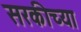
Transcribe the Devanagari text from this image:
सरकीच्या